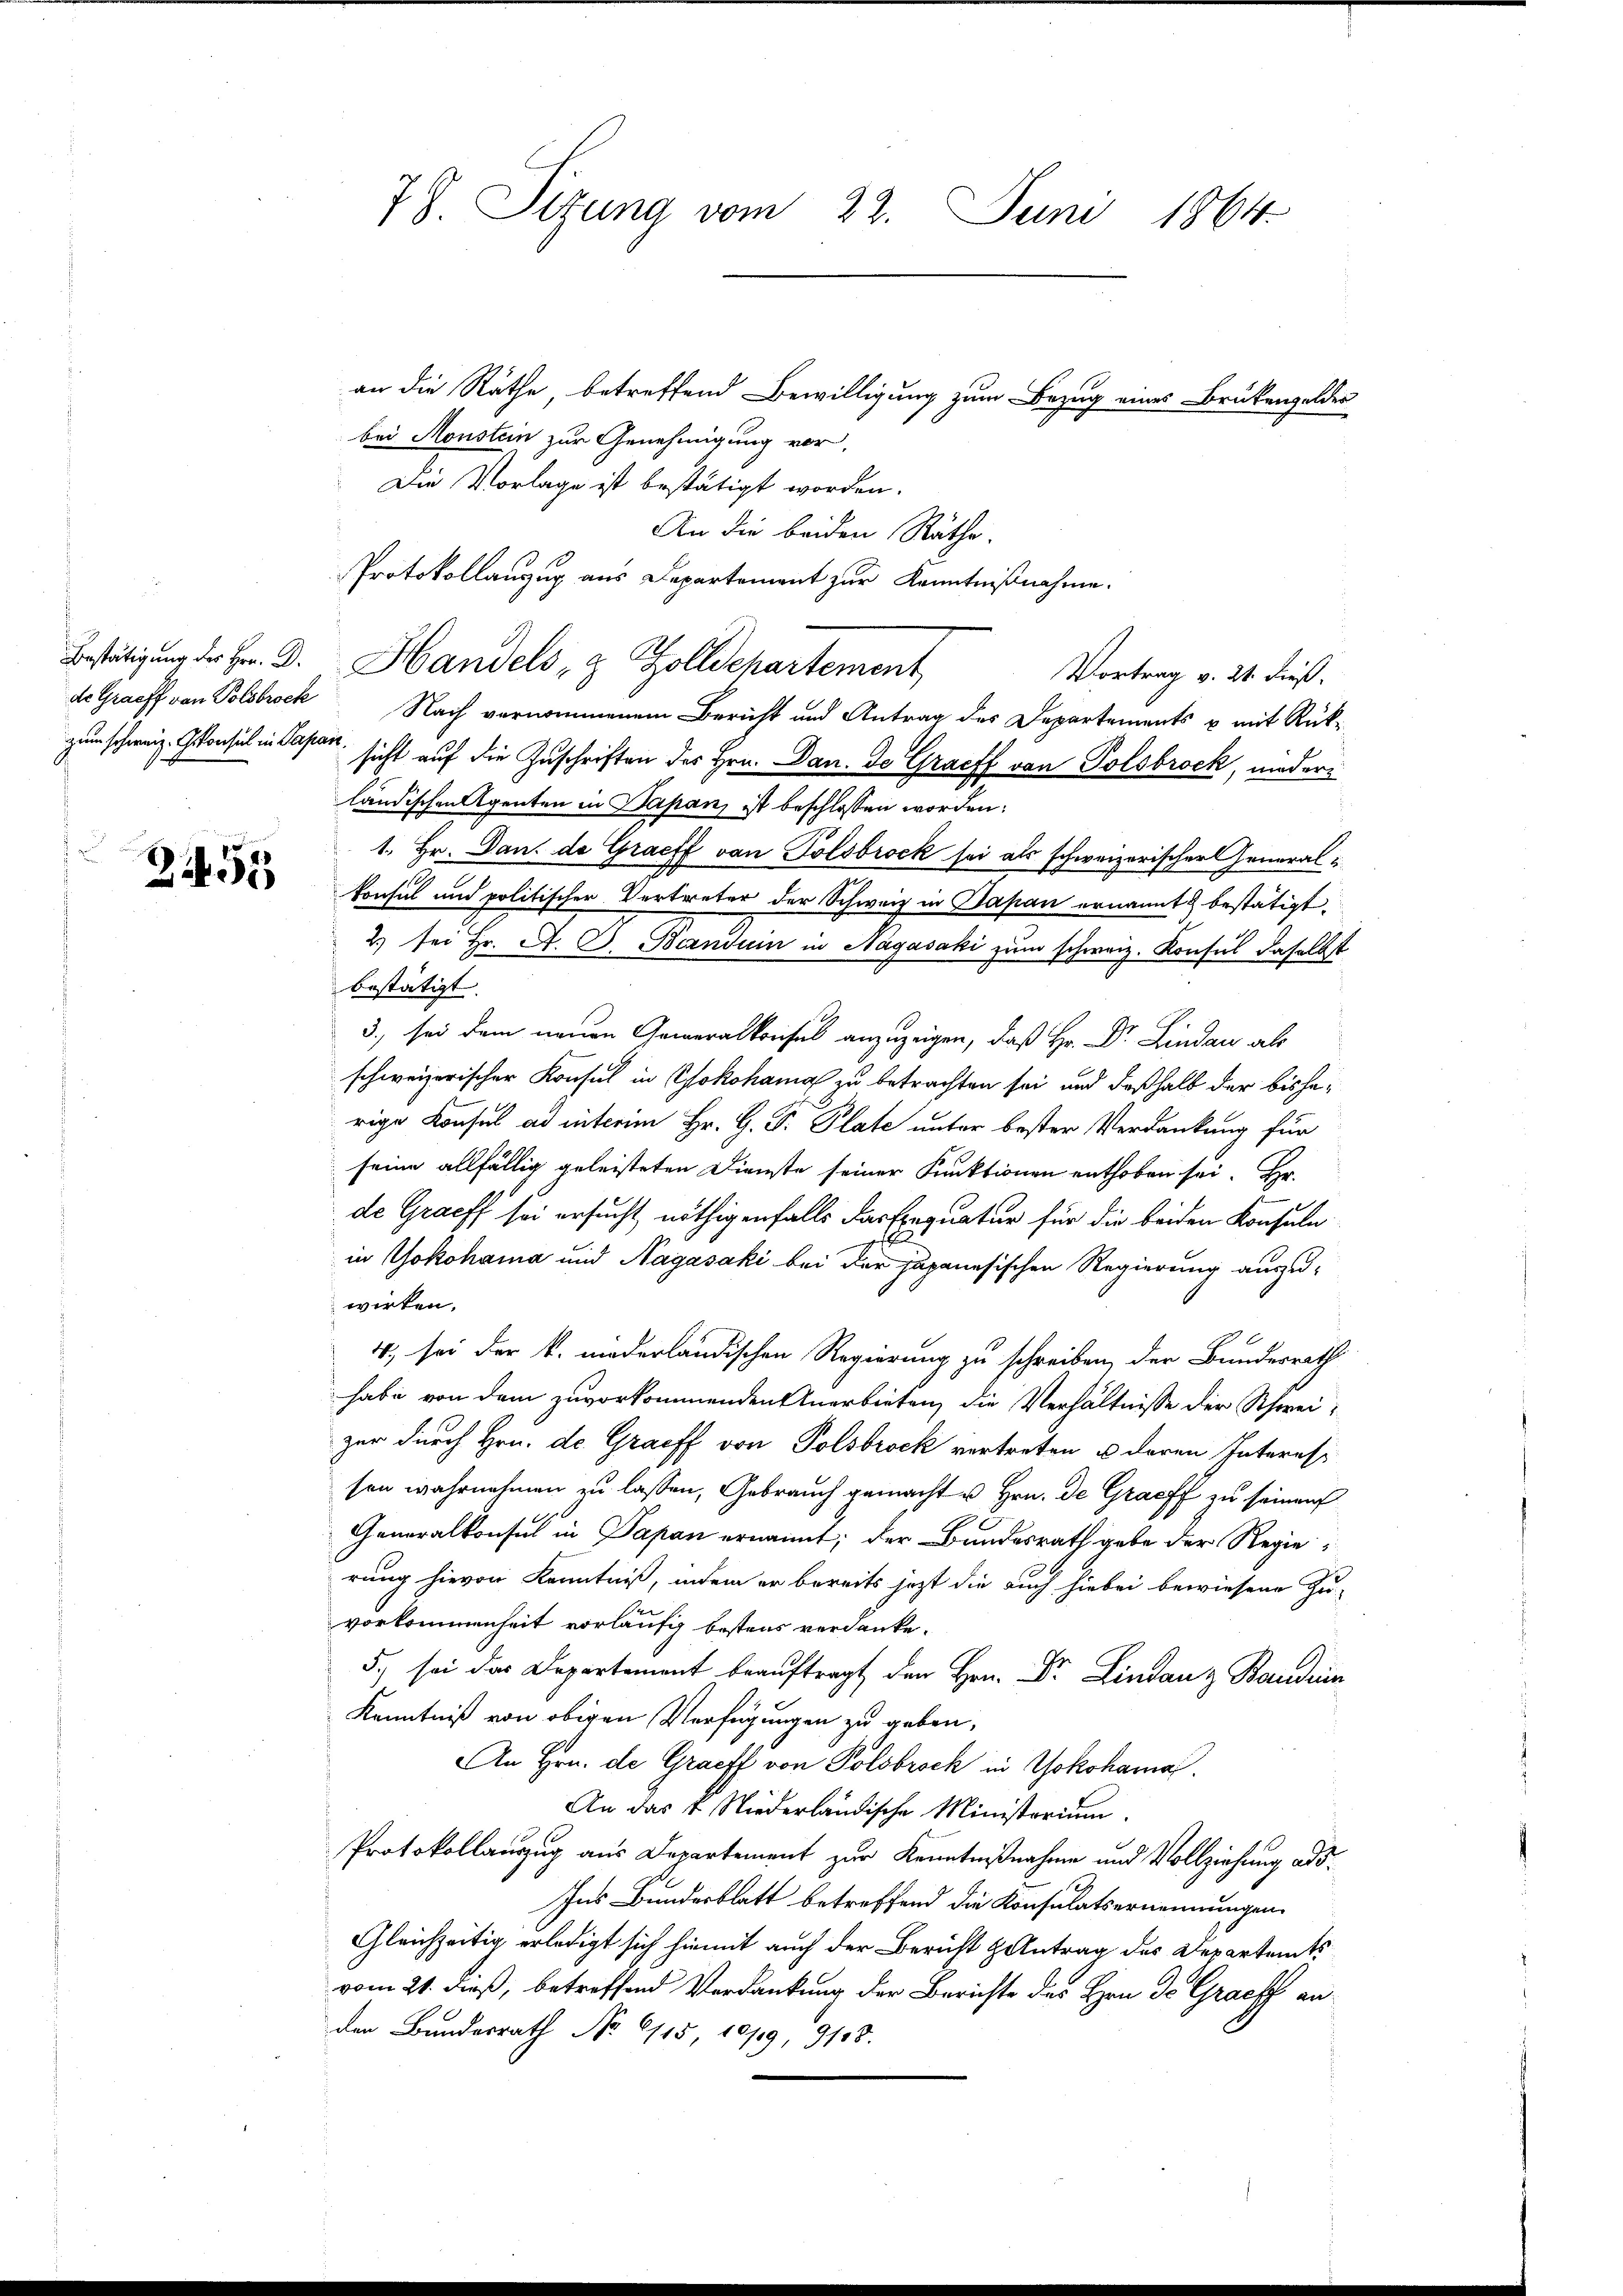
255

an die Räthe, betreffend Bewilligung zum Bezug eines Brükenzolder
bei Monstein zur Genehmigung vor,
Die Vorlage ist bestätigt worden.
An die beiden Räthe.
Protokollanzug aus Departement zur Kenntnißnahme.
Bestätigung der Hr. Dr. Handels- & Zolldepartement
Vortrag v. 21. dieß.
de Graeff von Polsbrock Nach vernommenem Bericht und Antrag des Departements u. mit Rückzum schweiz. Konsul in Pasten, sicht auf die Zuschriften des Hrn. Dan. De Graeff von Polsbrock, niederländischen Agenten in Papan, ist beschlossen worden:
1. Hr. Dan. de Graeff von Tolsbrock sei als schweizerischer General¬
Consul und politischer Vertreter der Schweiz in Bapan ernannt & bestätigt.
2.) sei Hr. A. G. Banduin in Nagasaki zum schweiz. Konsul daselbst
bestätigt. |
3., sei dem neuen Generalkonses anzuzeigen, daß Hr. Dr. Lindau als
schweizerischer Konsul in Yokohama zu betrachten sei, und deßhalb der bisherige Konsul ad interim Hr. G. P. Plate unter bester Verdankung für
seine allfällig geleisteten Dienste seiner Funktionen enthoben sei. Hr.
de Graff sei ersucht nöthigenfalls das Einquatur für die beiden Konsuln
in Yokohama und Nagasaki bei der Japanesischen Regierung auszuwirken.
4) sei der k. niederländischen Regierung zu schreiben, der Bundesrath
habe von dem zuvorkommenden Anerbieten, die Verhältnisse der Schweizer durch Hrn. de Graff von Polsbrock vertreten u. deren Interess
sen wahrnehmen zu lassen, Gebrauch gemacht u Hrn. De Graff zu seinen
Generalkonsul in Papan ernannt; der Bundesrath gebe der Regierung hievon Kenntniß, indem er bereits jezt die auch hiebei bewiesene Zu-
vorkommenheit vorläufig bestens verdanke.
5. sei das Departement beauftragt den Hrn. Dr. Lina Banden
Kenntniß von obigen Verfügungen zu geben,
An Hrn. de Graeff von Pölsbroch in Yokohama.
An das K. Niederländische Ministorium.
Protokollauszug aus Departement zur Kenntnißnahme und Vollziehung ads.
Ins Bundesblatt betreffend die Konsulatsernennungen
Gleichzeitig erledigt sich hiemit auch der Bericht antrag des Departamts
vom 21. dieß, betreffend Verdankung der Berichte des Hrn. Dr. Grack anden Bundesrath No 6115, 10/19, 918.

78. Sizung vom 22. Juni 1864.